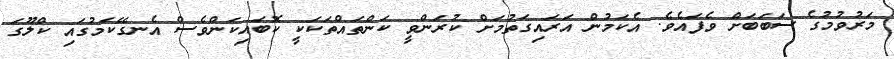
މަރުވުމުގެ ސަބަބަށް ވެފައެވެ. އެކަމުން އަރައިގަތުމަށް ކުރަންވީ ކަންތައްތަކަކީ ކޮބައިކަންވެސް އެނގޭކަމުގައި ކްލޫގަ